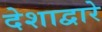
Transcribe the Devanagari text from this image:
देशाद्वारे